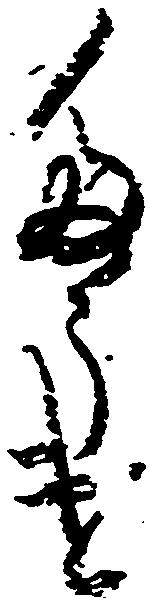
峠